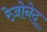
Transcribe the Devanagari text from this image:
रेज़ोनेद्